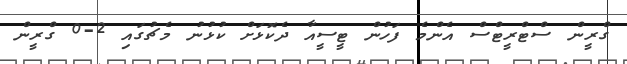
ގްރީން ސްޓްރީޓްސް އެންމެ ފަހުން ޓީސީއާ ދެކޮޅަށް ކުޅުނު މެޗުގައި 2-0 ގްރީން